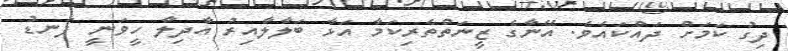
ދިގު ކަމަށް ދައްކައެވެ. އޭނާގެ ޒީނަތްތެރިކަމާ އަޅާ ބަލާލާއިރު އާދިލާ ހީވަނީ ފަނޑު